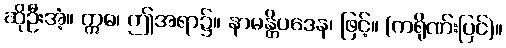
ဆိုဦးအံ့။ ဣဓ၊ ဤအရာ၌။ နာမန္တိပဒေန၊ ဖြင့်။ (ကရိုဏ်းပြင်)။